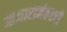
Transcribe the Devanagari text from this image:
आजारानंतरची